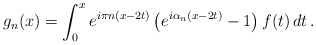
\begin{align*}g_n(x)= \int_0^x e^{i\pi n(x-2t)}\left(e^{i\alpha_n(x-2t)}-1\right)f(t)\,dt \, .\end{align*}